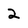
Character: 2